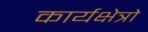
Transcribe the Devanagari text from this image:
कार्यक्षेत्रो